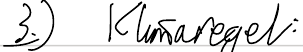
3.) Klimaregel: